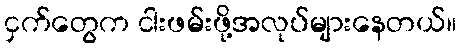
ငှက်တွေက ငါးဖမ်းဖို့အလုပ်များနေတယ်။